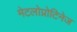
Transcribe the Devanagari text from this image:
मेटलोप्रोटिनेज